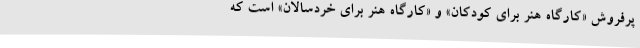
پرفروش «کارگاه هنر برای کودکان» و «کارگاه هنر برای خردسالان» است که